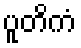
ပူတိကံ